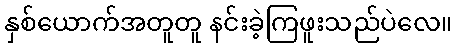
နှစ်ယောက်အတူတူ နင်းခဲ့ကြဖူးသည်ပဲလေ။